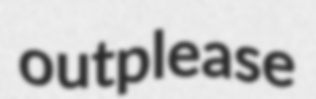
outplease